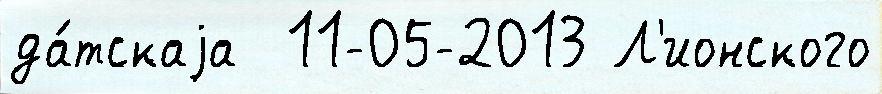
да́тскаjа  11-05-2013 Л'ионского